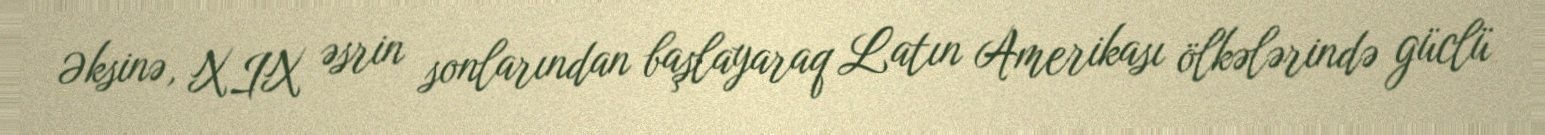
Əksinə, XIX əsrin sonlarından başlayaraq Latın Amerikası ölkələrində güclü